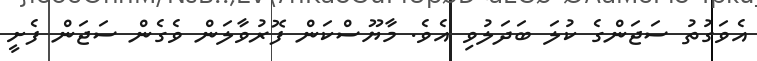
އެވަގުތު ސަޖަންގެ ކުލަ ބަދަލުވި އެވެ. މާޔޫސްކަން ފޮރުވާލަން ވެގެން ސަޖަން ފެށީ